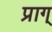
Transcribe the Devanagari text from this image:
प्राग्